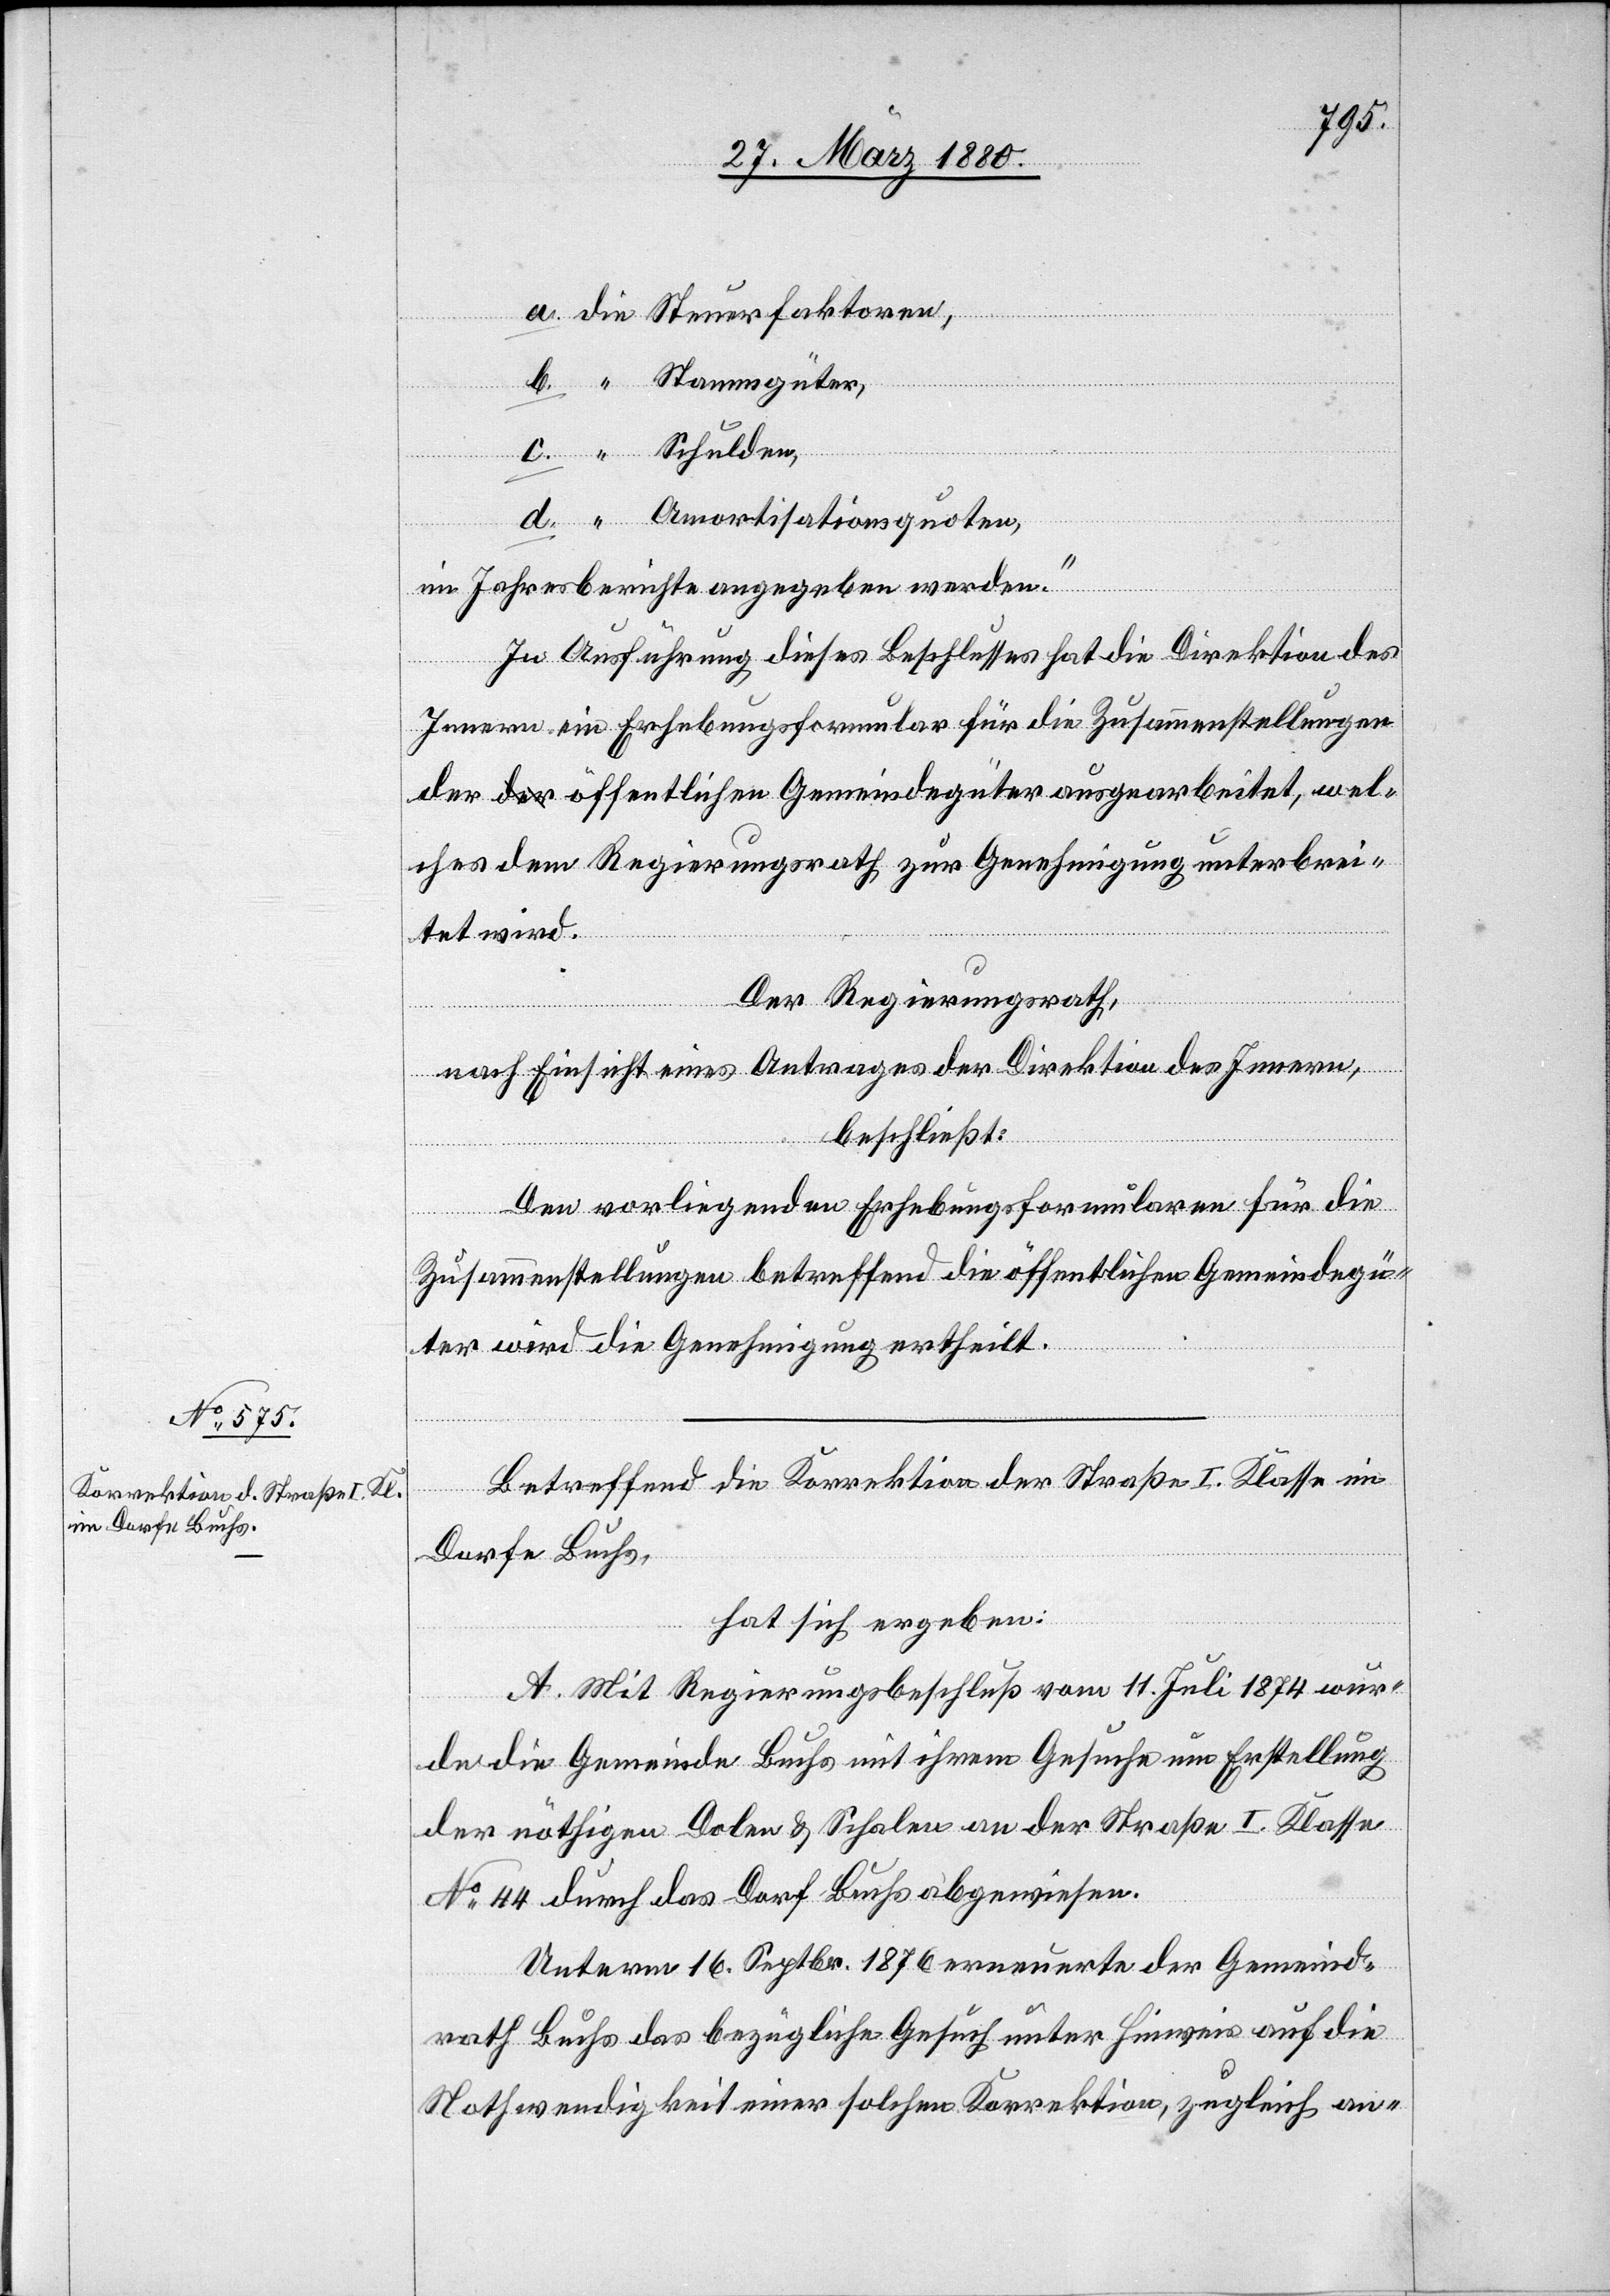
erfa¬
die
Schulden
Amortisationsquoten,
in Jahresberichte angegeben werden.“
In Ausführung dieses Beschlusses hat die Direktion des
Innern ein Erhebungsformular für die Zusammenstellungen
der a-der-a öffentlichen Gemeindegüter ausgearbeitet, wel¬
ches dem Regierungsrath zur Genehmigung unterbrei¬
“
tet wird.
c.
Der Regierungsrath,
nach Einsicht eines Antrages der Direktion des Innern,
beschließt:
d.
Den vorliegenden Erhebungsformularen für die
mgüter,
Zusammenstellungen betreffend die öffentlichen Gemeindegü¬
ter wird die Genehmigung ertheilt.
Betreffend die Korrektion der Straße I. Klasse im
Dorfe Buchs,
hat sich ergeben:
A. Mit Regierungsbeschluß vom 11. Juli 1874 wur¬
de die Gemeinde Buchs mit ihrem Gesuche um Erstellung
der nöthigen Dolen & Schalen an der Straße I. Klasse
No 44 durch das Dorf Buchs abgewiesen.
Unterm 16. Septbr. 1876 erneuerte der Gemeind¬
rath Buchs das bezügliche Gesuch unter Hinweis auf die
Nothwendigkeit einer solchen Korrektion, zugleich an-